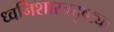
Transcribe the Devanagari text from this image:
ध्वनिशास्त्रदृष्ट्या